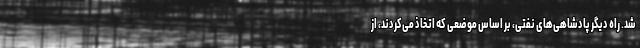
شد. راه دیگر پادشاهی‌های نفتی، بر اساس موضعی که اتخاذ می‌کردند، از